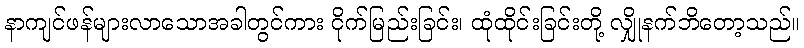
နာကျင်ဖန်များလာသောအခါတွင်ကား ငိုက်မြည်းခြင်း၊ ထုံထိုင်းခြင်းတို့ လျှိုနက်ဘိတော့သည်။